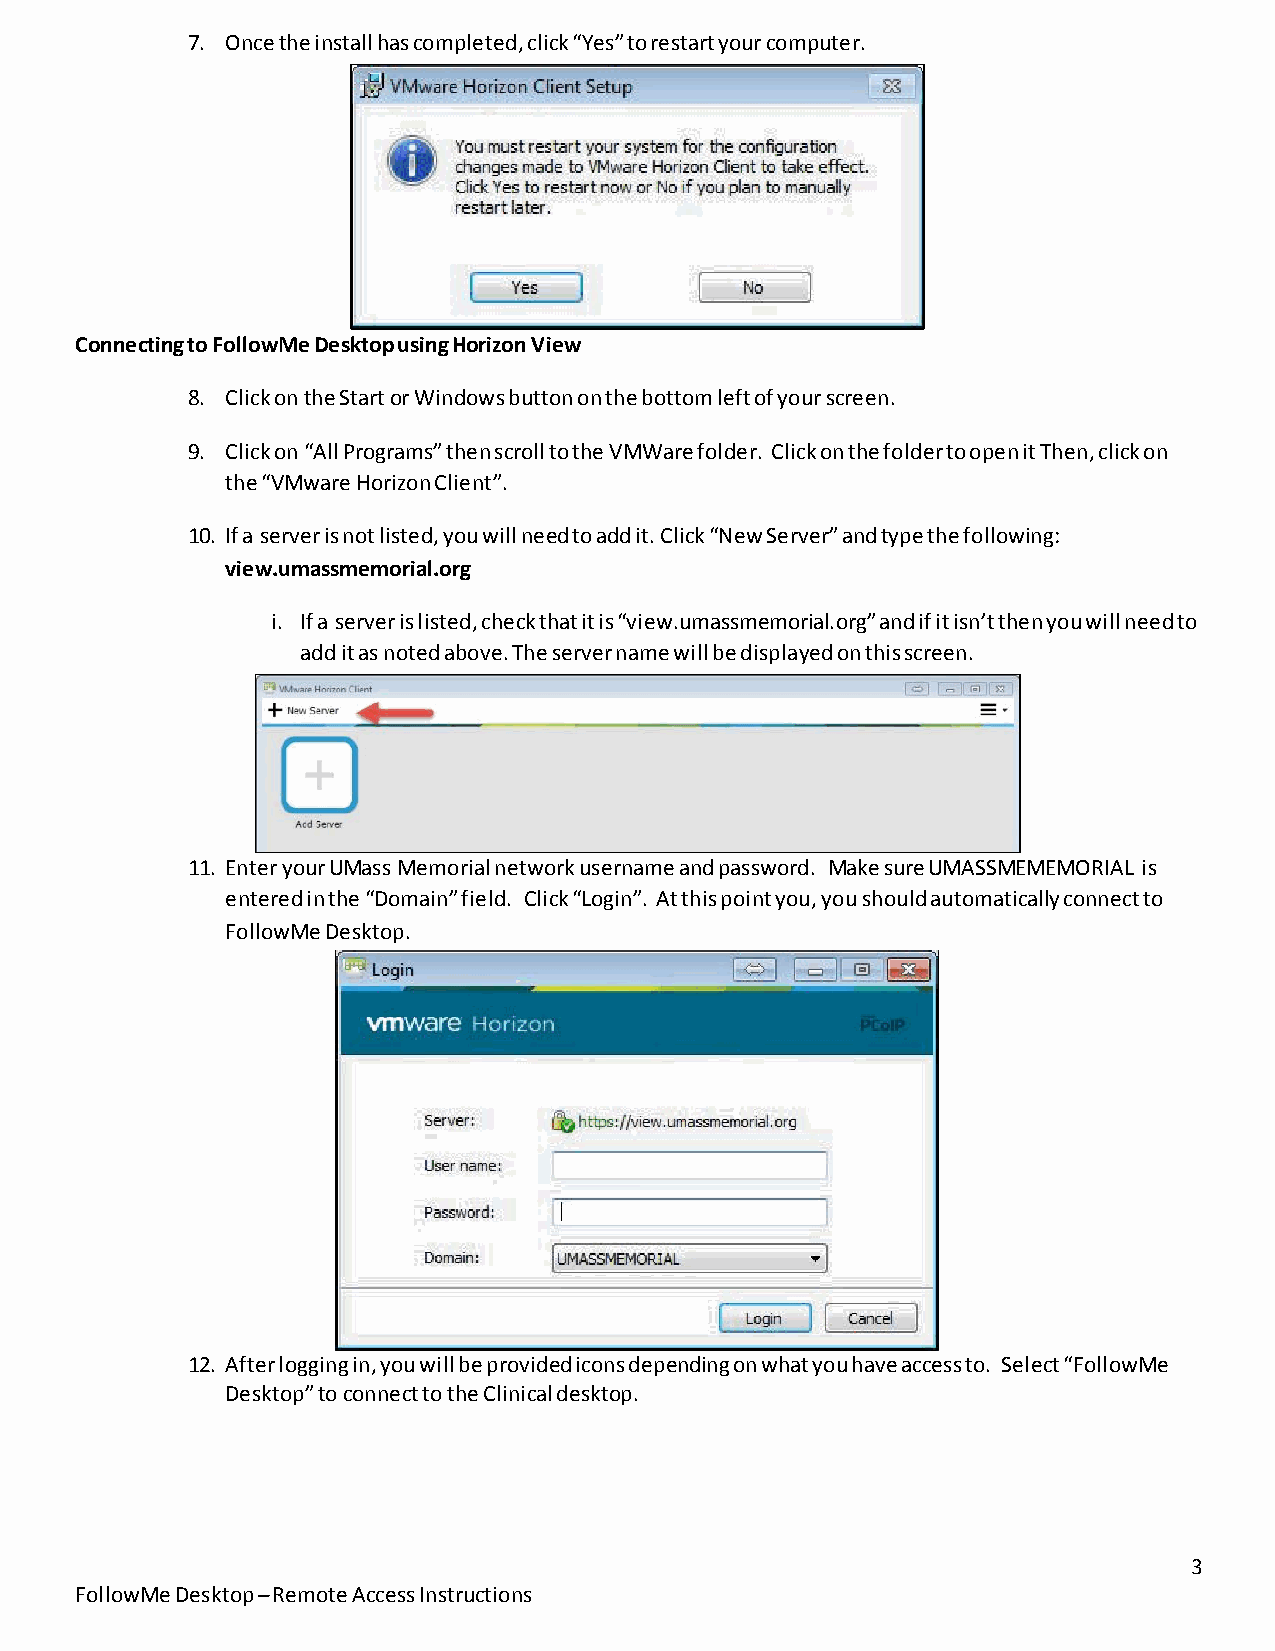
7. Once the install has completed, click “Yes” to restart your computer.
 Connecting to FollowMe Desktop using Horizon View
 8. Click on the Start or Windows button on the bottom left of your screen.
 9. Click on “All Programs” then scroll to the VMWare folder. Click on the folder to open it Then, click on
 the “VMware Horizon Client”.
 10. If a server is not listed, you will need to add it. Click “New Server” and type the following:
 view.umassmemorial.org
 i. If a server is listed, check that it is “view.umassmemorial.org” and if it isn’t then you will need to
 add it as noted above. The server name will be displayed on this screen.
 11. Enter your UMass Memorial network username and password. Make sure UMASSMEMEMORIAL is
 entered in the “Domain” field. Click “Login”. At this point you, you should automatically connect to
 FollowMe Desktop.
 12. After logging in, you will be provided icons depending on what you have access to. Select “FollowMe
 Desktop” to connect to the Clinical desktop.
 3
 FollowMe Desktop – Remote Access Instructions